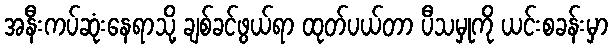
အနီးကပ်ဆုံးနေရာသို့ ချစ်ခင်ဖွယ်ရာ ထုတ်ပယ်တာ ပီသမှုကို ယင်းစခန်းမှာ